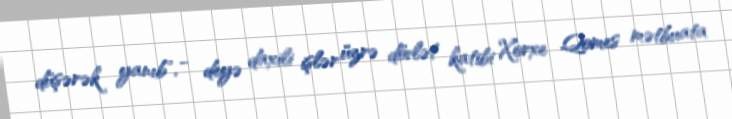
düşərək yanıb", - deyə daxili işlər üzrə dövlət katibi Xorxe Qomes mətbuata